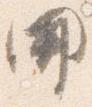
開